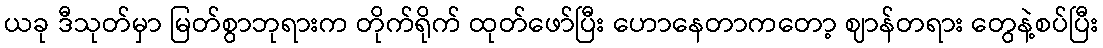
ယခု ဒီသုတ်မှာ မြတ်စွာဘုရားက တိုက်ရိုက် ထုတ်ဖော်ပြီး ဟောနေတာကတော့ ဈာန်တရား တွေနဲ့စပ်ပြီး